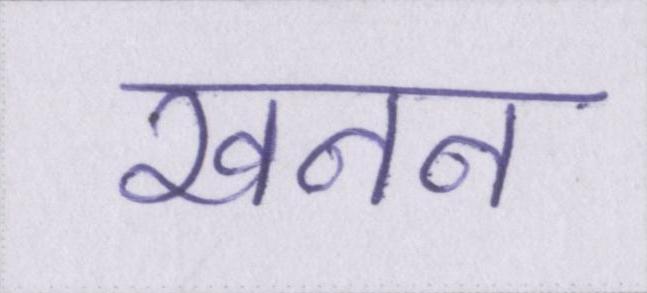
खनन